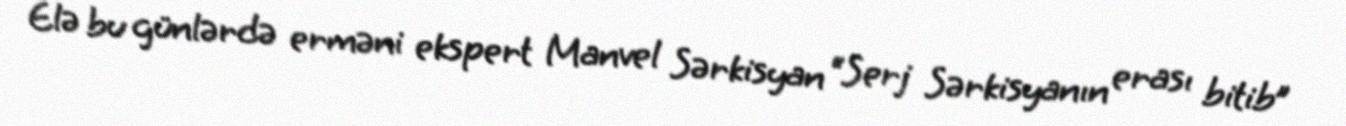
Elə bu günlərdə erməni ekspert Manvel Sərkisyan “Serj Sərkisyanın erası bitib”